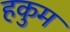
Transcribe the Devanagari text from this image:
हकुम